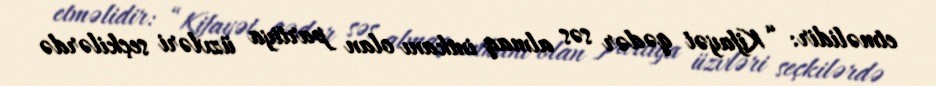
etməlidir: “Kifayət qədər səs almaq imkanı olan partiya üzvləri seçkilərdə